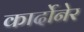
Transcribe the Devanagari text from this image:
कार्दोनेर